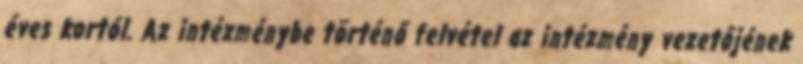
éves kortól. Az intézménybe történő felvétel az intézmény vezetőjének